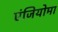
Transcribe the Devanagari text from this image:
एंजियोमा